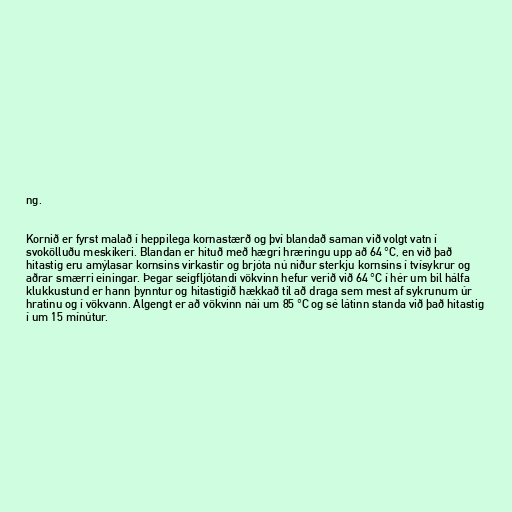
ng.

Kornið er fyrst malað í heppilega kornastærð og því blandað saman við volgt vatn í
svokölluðu meskikeri. Blandan er hituð með hægri hræringu upp að 64 °C, en við það
hitastig eru amýlasar kornsins virkastir og brjóta nú niður sterkju kornsins í tvísykrur og
aðrar smærri einingar. Þegar seigfljótandi vökvinn hefur verið við 64 °C í hér um bil hálfa
klukkustund er hann þynntur og hitastigið hækkað til að draga sem mest af sykrunum úr
hratinu og í vökvann. Algengt er að vökvinn nái um 85 °C og sé látinn standa við það hitastig
í um 15 mínútur.